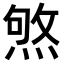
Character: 𤋥